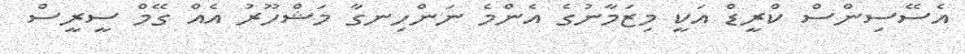
އެސޭސިންސް ކްރީޑް އަކީ މިޒަމާނުގެ އެންމެ ނަންހިނގާ މަޝްހޫރު އެއް ގޭމް ސީރީސް